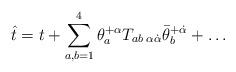
LaTeX: \begin{align*} \hat t = t + \sum^4_{a,b=1}\theta^{+\alpha}_aT_{ab\;\alpha\dot\alpha}\bar\theta^{+\dot\alpha}_b + \ldots\end{align*}